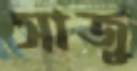
সাজু